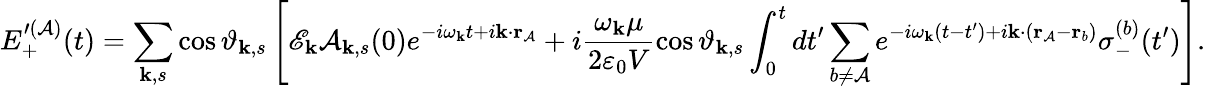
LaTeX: E_{+}^{\prime(\mathcal{A})}(t)=\sum_{\mathbf{{k}},s}\cos{\vartheta_{\mathbf{{k}},s}}\left[\mathscr{{E}}_{\mathbf{{k}}}\mathcal{A}_{\mathbf{{k}},s}(0)e^{-i\omega_{\mathbf{{k}}}t+i\mathbf{{k}}\cdot\mathbf{{r}}_{\mathcal{A}}}+i\frac{{\omega_{\mathbf{{k}}}\mu}}{{2\varepsilon_{0}V}}\cos{\vartheta_{\mathbf{{k}},s}}\int_{0}^{t}dt^{\prime}\sum_{b\neq\mathcal{A}}e^{-i\omega_{\mathbf{{k}}}\left(t-t^{\prime}\right)+i\mathbf{{k}}\cdot\left(\mathbf{{r}}_{\mathcal{A}}-\mathbf{{r}}_{b}\right)}\sigma_{-}^{(b)}(t^{\prime})\right].